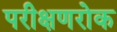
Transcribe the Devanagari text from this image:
परीक्षणरोक